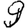
Digit: 9